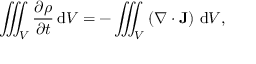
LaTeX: { \iiint _ { V } { \frac { \partial \rho } { \partial t } } \, \mathrm { d } V } = { - \iiint _ { V } \left( \nabla \cdot \mathbf { J } \right) \, \mathrm { d } V } ,